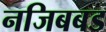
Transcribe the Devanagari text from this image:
नजिबबड